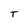
Character: T